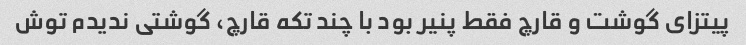
پیتزای گوشت و قارچ فقط پنیر بود با چند تکه قارچ، گوشتی ندیدم توش